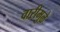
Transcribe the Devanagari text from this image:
वारीमुळे